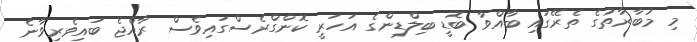
މި މުބާރާތުގެ ތެރޭގައި ބާއްވާ ބޮޑީ ބިލްޑިންގެ އަހަރީ ކޮންގްރެސްގައިވެސް ރާއްޖެ ބައިވެރިވާނެ